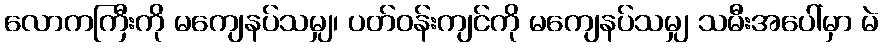
လောကကြီးကို မကျေနပ်သမျှ၊ ပတ်ဝန်းကျင်ကို မကျေနပ်သမျှ သမီးအပေါ်မှာ မဲ